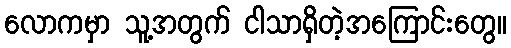
လောကမှာ သူ့အတွက် ငါသာရှိတဲ့အကြောင်းတွေ။